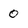
Character: 0